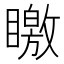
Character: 䁶